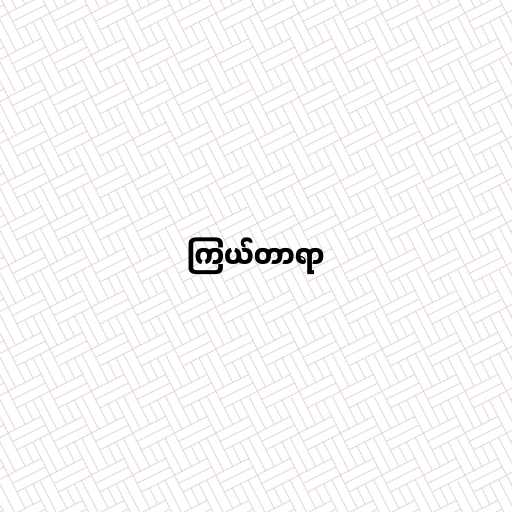
ကြယ်တာရာ